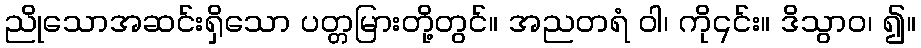
ညိုသောအဆင်းရှိသော ပတ္တမြားတို့တွင်။ အညတရံ ဝါ၊ ကို၎င်း။ ဒိသွာဝ၊ ၍။